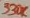
Text: 330K